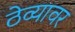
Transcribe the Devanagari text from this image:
ठेव्यावर